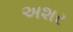
અશર